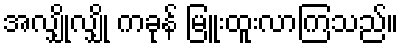
အလျှိုလျှို ကခုန် မြူးထူးလာကြသည်။